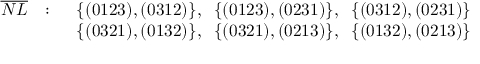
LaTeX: \begin{array} { r l l } { { \overline { { { N L } } } } } & { { : \; \; } } & { { \{ ( 0 1 2 3 ) , ( 0 3 1 2 ) \} , \; \; \{ ( 0 1 2 3 ) , ( 0 2 3 1 ) \} , \; \; \{ ( 0 3 1 2 ) , ( 0 2 3 1 ) \} } } \\ { { } } & { { } } & { { \{ ( 0 3 2 1 ) , ( 0 1 3 2 ) \} , \; \; \{ ( 0 3 2 1 ) , ( 0 2 1 3 ) \} , \; \; \{ ( 0 1 3 2 ) , ( 0 2 1 3 ) \} } } \end{array}